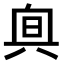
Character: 𠔙